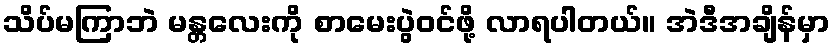
သိပ်မကြာဘဲ မန္တလေးကို စာမေးပွဲဝင်ဖို့ လာရပါတယ်။ အဲဒီအချိန်မှာ